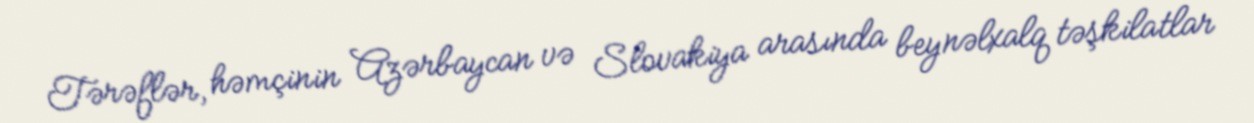
Tərəflər, həmçinin Azərbaycan və Slovakiya arasında beynəlxalq təşkilatlar